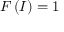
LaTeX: F \left( I \right) = 1